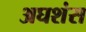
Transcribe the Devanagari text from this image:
अघशंस